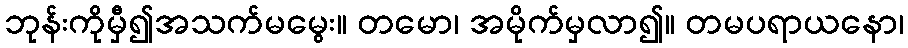
ဘုန်းကိုမှီ၍အသက်မမွေး။ တမော၊ အမိုက်မှလာ၍။ တမပရာယနော၊